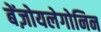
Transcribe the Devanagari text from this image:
बेंज़ोयलेगोनिन